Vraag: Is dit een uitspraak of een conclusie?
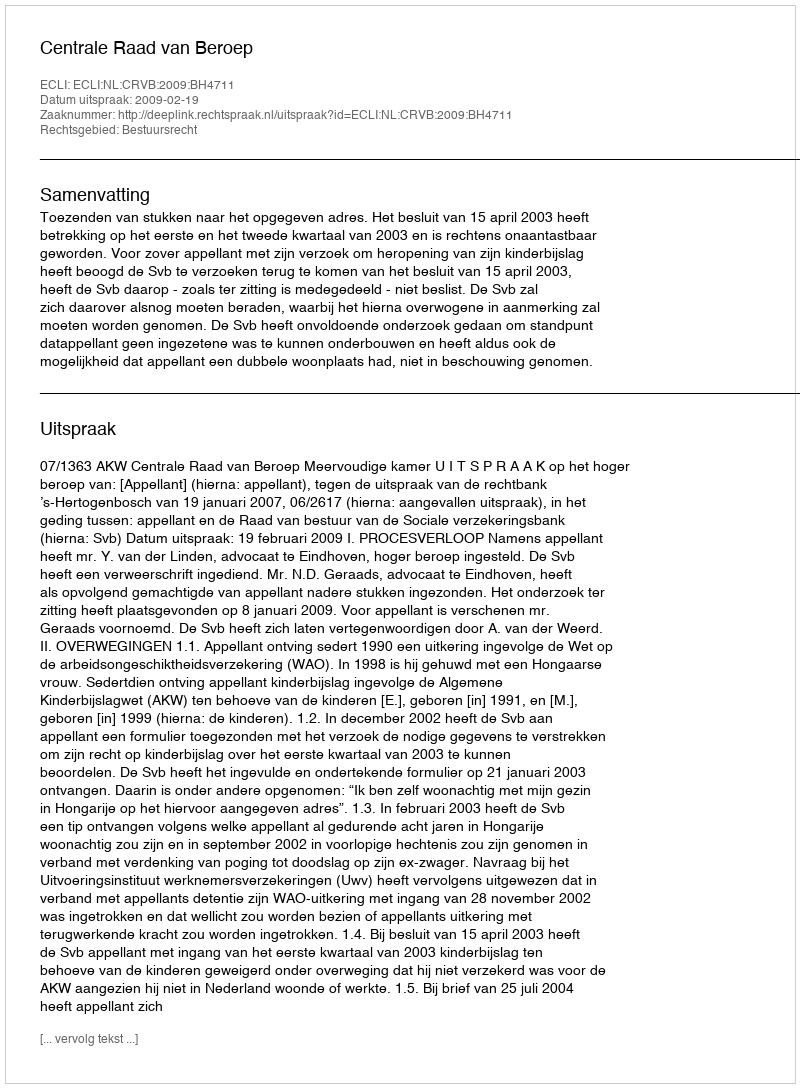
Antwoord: Uitspraak